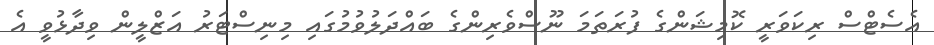
އެސެޓްސް ރިކަވަރީ ކޮމިޝަންގެ ފުރަތަމަ ނޫސްވެރިންގެ ބައްދަލުވުމުގައި މިނިސްޓަރު އަޒްލީން ވިދާޅުވީ އެ